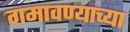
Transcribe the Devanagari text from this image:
गमावण्याच्या